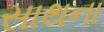
સાથના